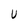
Character: U